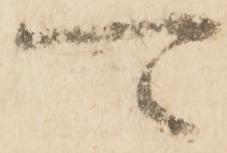
可